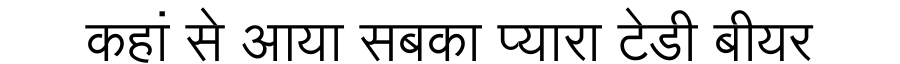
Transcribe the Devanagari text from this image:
कहां से आया सबका प्यारा टेडी बीयर